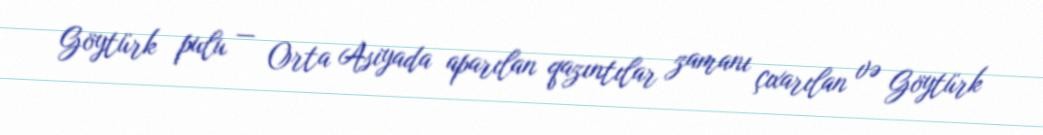
Göytürk pulu — Orta Asiyada aparılan qazıntılar zamanı çıxarılan və Göytürk